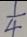
\frac { 1 } { 4 }